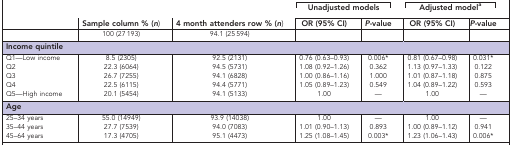
<table><thead><tr><td><b> </b></td><td><b> </b></td><td><b> </b></td><td colspan="2"><b>Unadjusted models</b></td><td colspan="2"><b>Adjusted modela</b></td></tr><tr><td><b> </b></td><td><b>Sample column % (<i>n</i>)</b></td><td><b>4 month attenders row % (<i>n</i>)</b></td><td><b>OR (95% CI)</b></td><td><b><i>P</i>-value</b></td><td><b>OR (95% CI)</b></td><td><b><i>P</i>-value</b></td></tr></thead><tbody><tr><td> </td><td>100 (27 193)</td><td>94.1 (25 594)</td><td> </td><td> </td><td> </td><td> </td></tr><tr><td colspan="7"><b>Income quintile</b></td></tr><tr><td>Q1—Low income</td><td>8.5 (2305)</td><td>92.5 (2131)</td><td>0.76 (0.63–0.93)</td><td>0.006*</td><td>0.81 (0.67–0.98)</td><td>0.031*</td></tr><tr><td>Q2</td><td>22.3 (6064)</td><td>94.5 (5731)</td><td>1.08 (0.92–1.26)</td><td>0.362</td><td>1.13 (0.97–1.33)</td><td>0.122</td></tr><tr><td>Q3</td><td>26.7 (7255)</td><td>94.1 (6828)</td><td>1.00 (0.86–1.16)</td><td>1.000</td><td>1.01 (0.87–1.18)</td><td>0.875</td></tr><tr><td>Q4</td><td>22.5 (6115)</td><td>94.4 (5771)</td><td>1.05 (0.89–1.23)</td><td>0.549</td><td>1.04 (0.89–1.22)</td><td>0.593</td></tr><tr><td>Q5—High income</td><td>20.1 (5454)</td><td>94.1 (5133)</td><td>1.00</td><td>—</td><td>1.00</td><td>—</td></tr><tr><td colspan="7"><b>Age</b></td></tr><tr><td>25–34 years</td><td>55.0 (14949)</td><td>93.9 (14038)</td><td>1.00</td><td>—</td><td>1.00</td><td>—</td></tr><tr><td>35–44 years</td><td>27.7 (7539)</td><td>94.0 (7083)</td><td>1.01 (0.90–1.13)</td><td>0.893</td><td>1.00 (0.89–1.12)</td><td>0.941</td></tr><tr><td>45–64 years</td><td>17.3 (4705)</td><td>95.1 (4473)</td><td>1.25 (1.08–1.45)</td><td>0.003*</td><td>1.23 (1.06–1.43)</td><td>0.006*</td></tr></tbody></table>